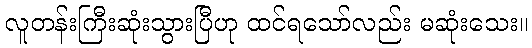
လူတန်းကြီးဆုံးသွားပြီဟု ထင်ရသော်လည်း မဆုံးသေး။